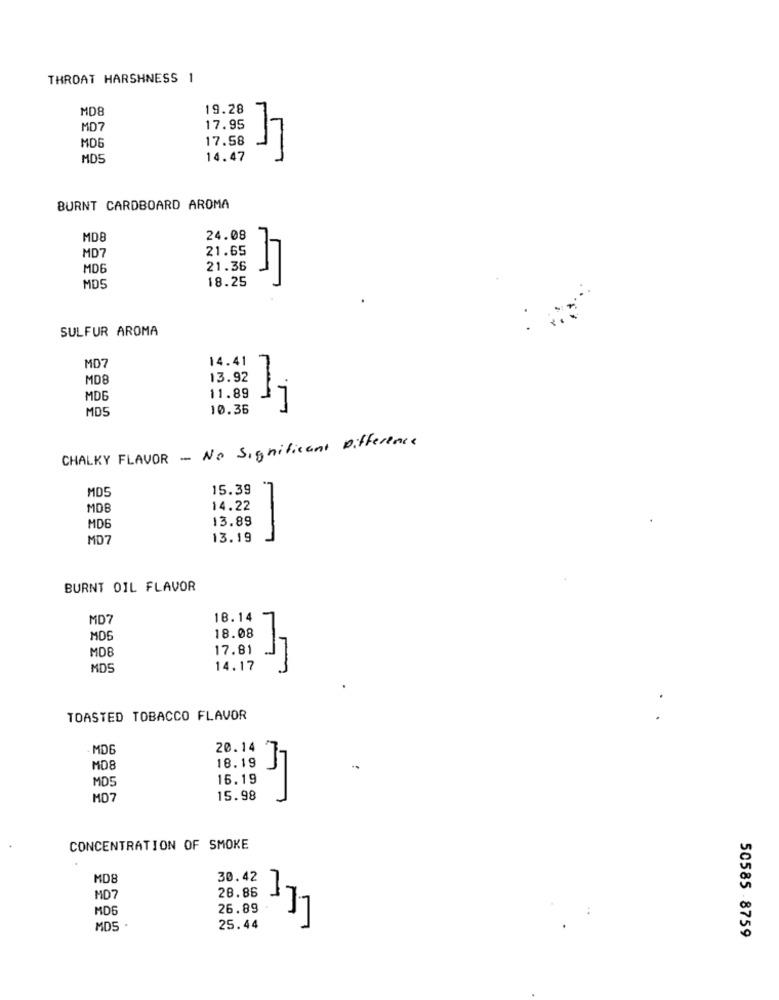
THROAT HARSHNESS 1
MDE
19.28
MD7
17.95
MD6
17.58
MD5
14.47
BURNT CARDBOARD AROMA
MDB
24.08
21.65
MD7
MD6
21.36
18.25
17
MDS
SULFUR AROMA
MD7
14.41
MD8
13.92
MDE
11.89
MD5
10.36
CHALKY FLAVOR - No Significant Difference
MD5
15.39
MDB
14.22
13.89
MD6
MD7
13.19
-
BURNT OIL FLAVOR
MD
18.14
MD
18.08
17.81
17
MDB
MDS
14.17
TOASTED TOBACCO FLAVOR
MD6
20.14
MD8
18.19 J7
MD5
16.19
MD
15.98
CONCENTRATION OF SMOKE
MD8
30.42
28.86
MD7
MD6
26.89
MD5 .
25.44
50585 8759